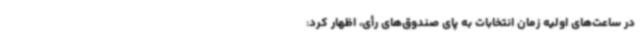
در ساعت‌های اولیه زمان انتخابات به پای صندوق‌های رأی، اظهار کرد: